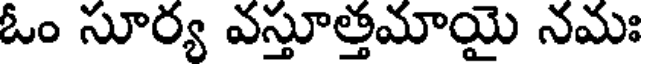
ఓం సూర్య వస్తూత్తమాయై నమః